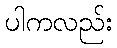
ပါကလည်း